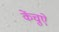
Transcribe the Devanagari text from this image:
केंचुऐ